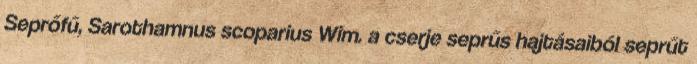
Seprőfű, Sarothamnus scoparius Wim. a cserje seprűs hajtásaiból seprűt